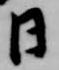
日